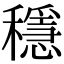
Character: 穩